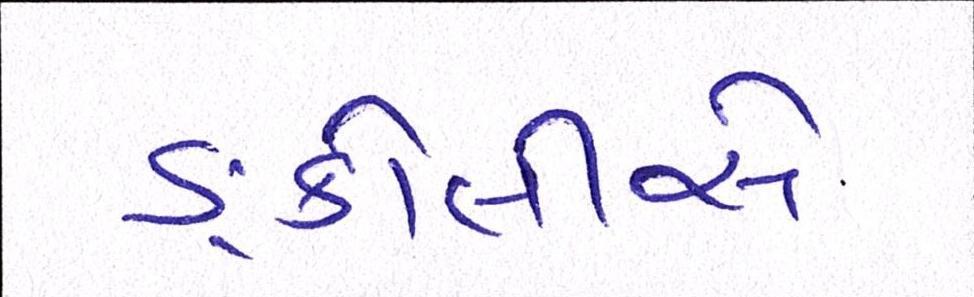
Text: ઙ્કોલીસે